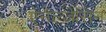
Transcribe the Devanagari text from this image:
ऐनैल्जेसिन